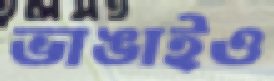
ভাঙাইও